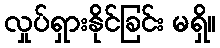
လှုပ်ရှားနိုင်ခြင်း မရှိ။